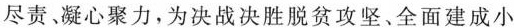
尽责、凝心聚力，为决战决胜脱贫攻坚、全面建成小